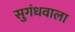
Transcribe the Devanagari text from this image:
सुगंधवाला